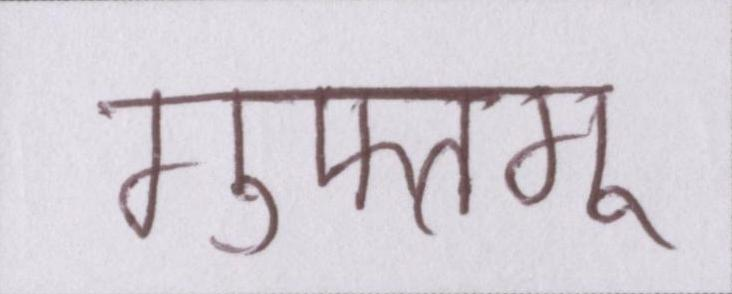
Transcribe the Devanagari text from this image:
गुफ्तगू